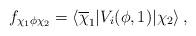
LaTeX: \begin{align*}f_{\chi_1\phi\chi_2}=\langle\overline\chi_1|V_i(\phi,1)|\chi_2\rangle\,,\end{align*}